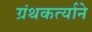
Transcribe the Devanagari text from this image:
ग्रंथकर्त्याने